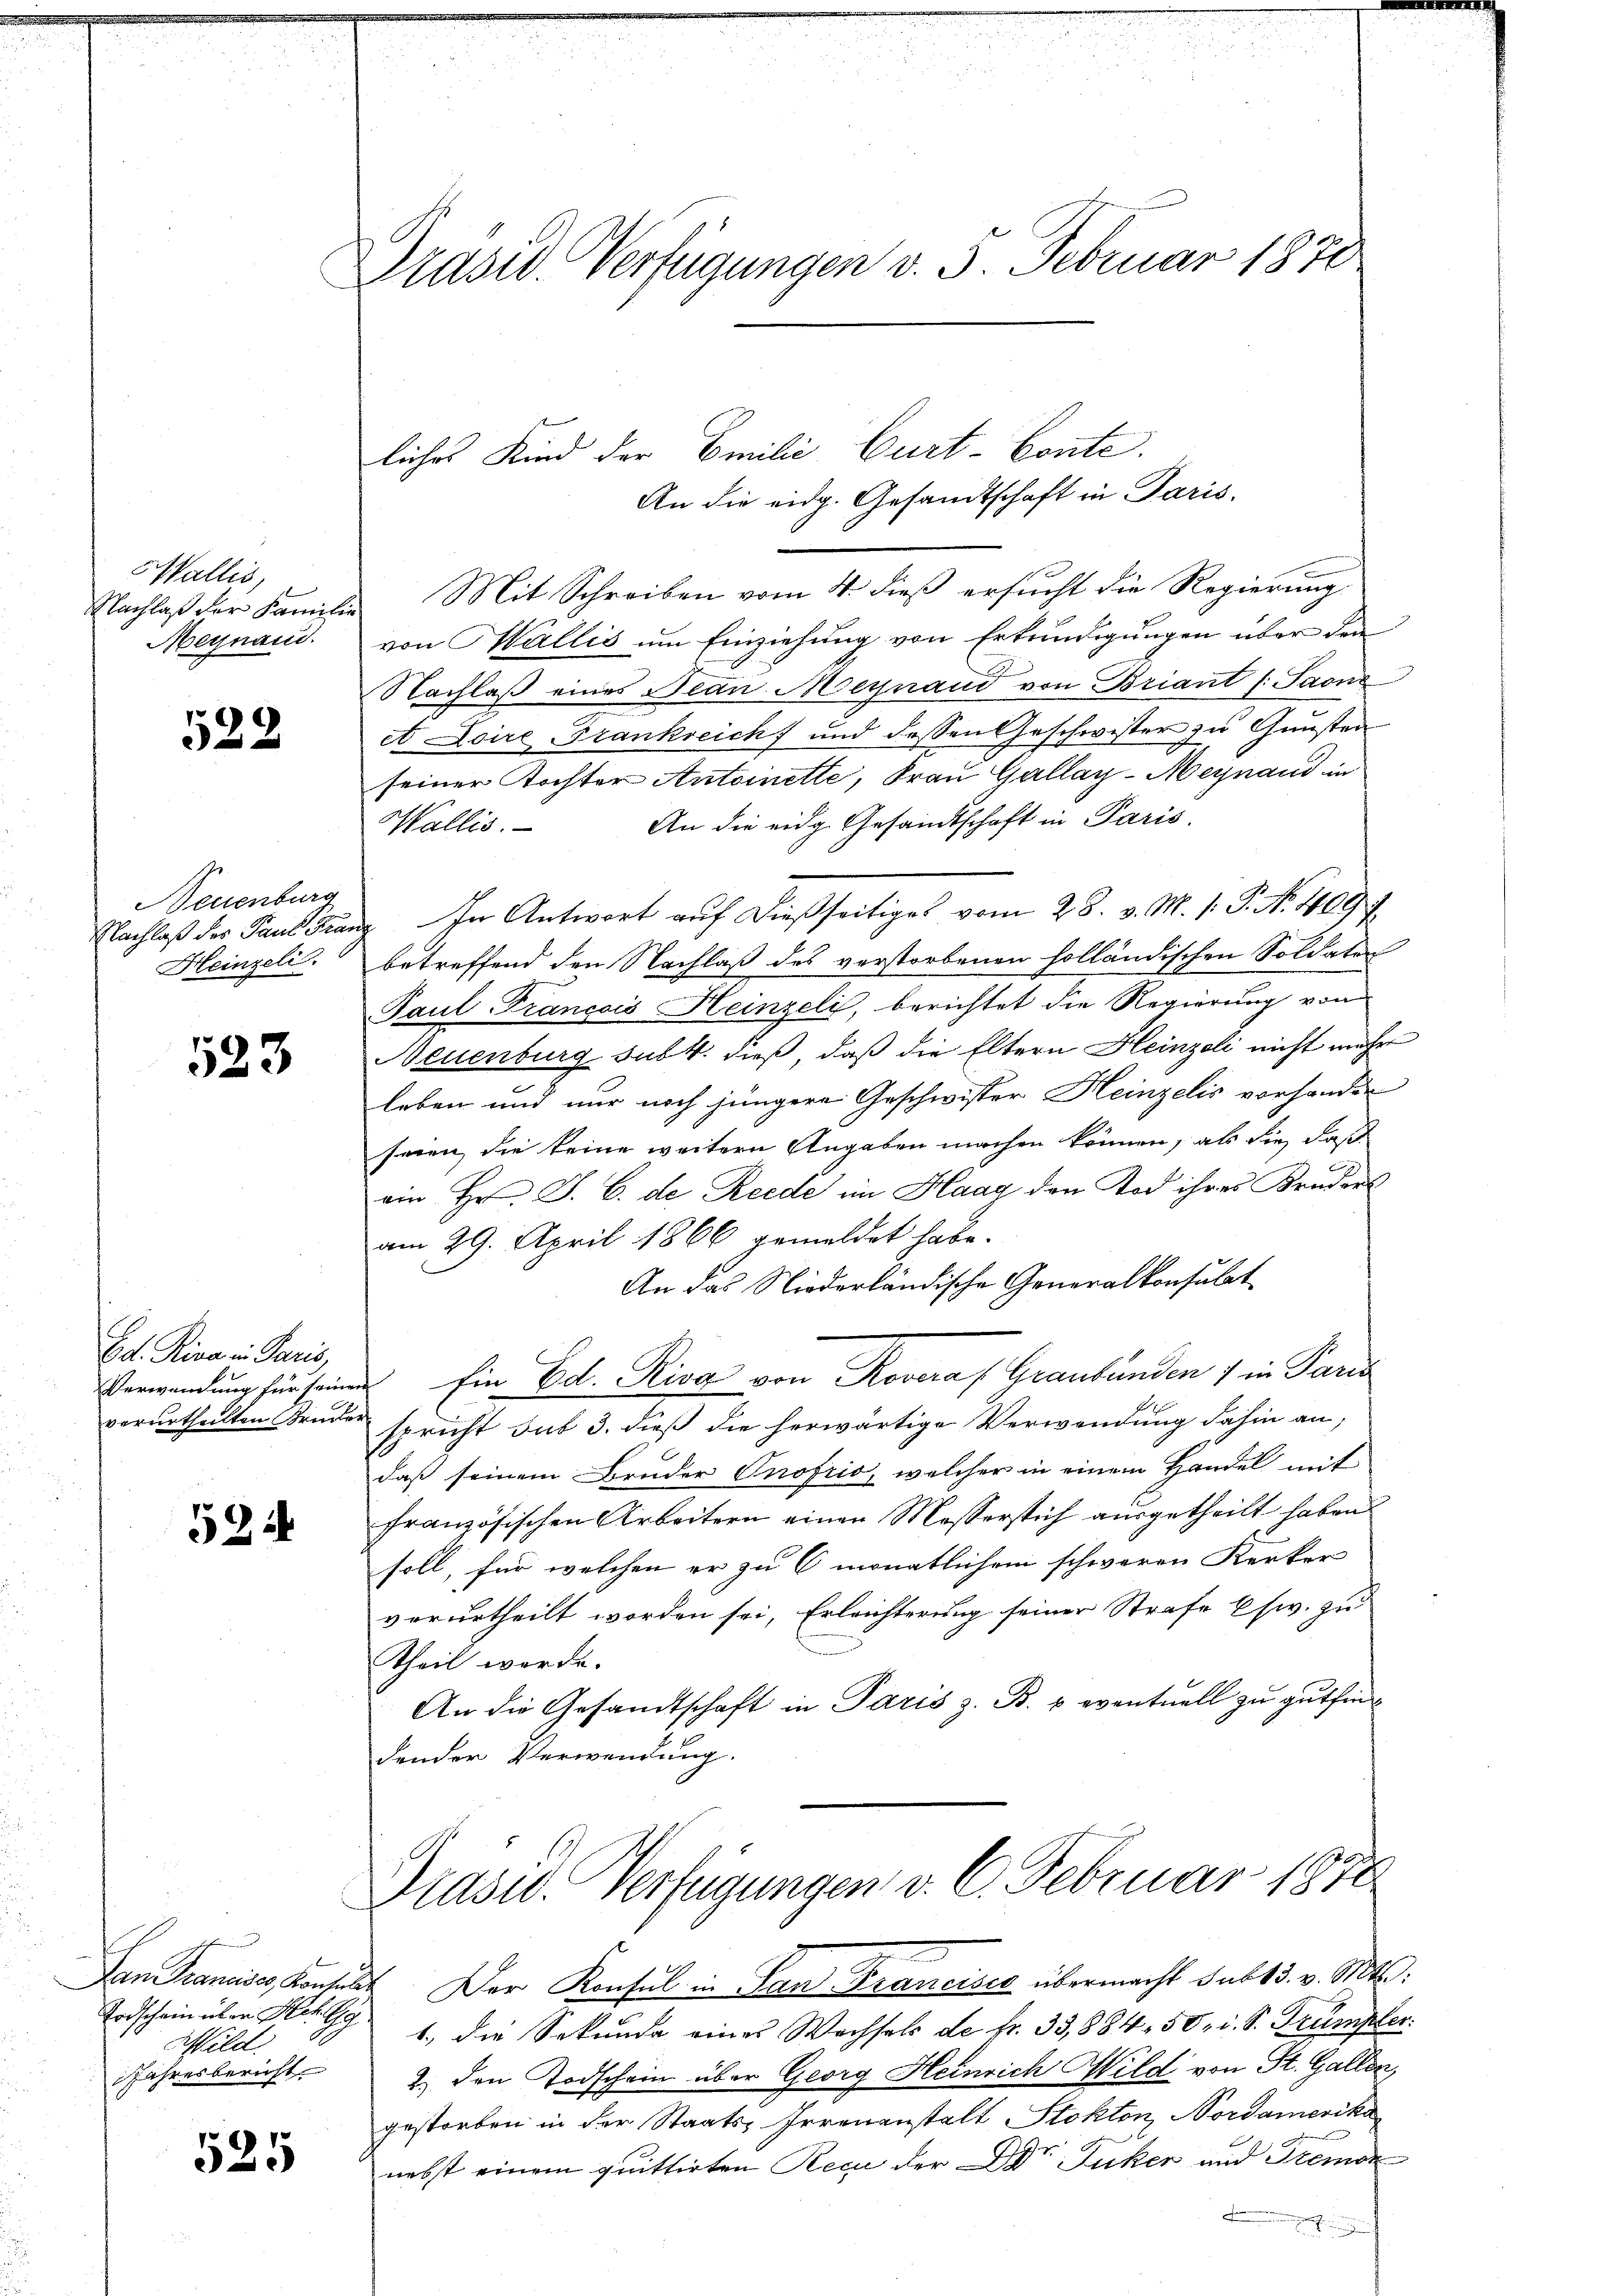
Wallis,
Nachlaß der Familie
Meynaud.

522

Neuenburg
Heinzeli

523

E d. Riva in Paris,
Verwendung für seinen
verurtheilten Brucker

524

Todschein über Herr Gy
Mild
Jahresbericht

525

Präsid. Verfügungen v. 5. Februar 1870

liches Kind der Emilie Curt-Conte.

An die eidg. Gesandtschaft in Paris.
Mit Schreiben vom 4. dieß ersucht die Regierung
von Wallis um Einziehung von Erkundigungen über den
Nachlaß eines Bean Meynand von Briant /: Saone
et Loire Frankreich und dessen Geschwister zu Gunsten
seiner Tochter Antoinette, Frau Gallay-Meynaud in
An die eidg. Gesandtschaft in Paris.
Wallis.
Nachlaß der Paul drang. In Antwort auf dießseitiges vom 28. v. M. 1. P. Nr. 409 f
betreffend den Nachlaß des verstorbenen holländischen Soldaten
Paul-François Heinzeli, berichtet die Regierung von
Neuenburg sub 4. dieß, daß die Eltern Heinzeli nicht mehr
leben und nur noch jüngere Geschwister Heinzelis vorhander
seien, die keine weitern Angaben machen können, als die daß
ein Hr. J. C. de Rede im Haag den Tod ihres Kruders
am 29. April 1866 gemeldet habe.
An das Niederländische Generalkonsulat
 Ein Ed. Riva von Rovera (Graubünden 7 in Paris
spricht sub 3. dieß die herwärtige Verwendung dahin an,
daß seinem Bruder Onofrio, welcher in einem Handel mit
französischen Arbeitern einen Messerstich ausgetheilt haben
soll, für welchen er zu 6 monatlichem schweren Kerker
verurtheilt worden sei, Erleichterung seiner Strafe usw. zu
Theil werde.
An die Gesandtschaft in Paris z. B. u. eventuell zu gutfin
dender Verwendung.

n

Präsid. Verfügungen v. 6. Februar 1870

Dan Francises Konsest. Der Konsul in San Francises übermacht sub 13. v. Mts.
1., die Sekunda eines Wechsels de fr. 33,884. 50, i. S. Trumpler.
2. den Todschein über Georg Heinrich Wild von St. Gallen,
gestorben in der Staats-Irrenanstalt Stokton, Nordamerika
nebst einem quittirten Reci der DDr. Zucker und Tremon
h